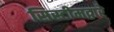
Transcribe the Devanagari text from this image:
सिस्टीमद्वारे